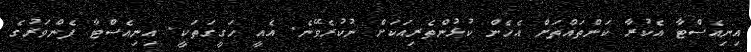
އިނިއެސްޓާ އެކުރާ ކަންތައްތަށް އެހެން ކުޅުންތެރިއަކަށް ނުކުރެވޭނެ. އެއީ ހަގީގަތަކީ. އިނިއެސްޓާ ފެންވަރުގެ